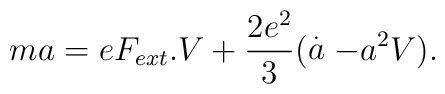
ma = eF_{ext} .V +\frac{2e^{2}}{3}(\stackrel{.}{a}-a^{2}V).